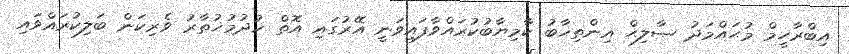
އިބްރާހީމް މުޙައްމަދު ޞާލިޙް އިންތިޚާބު ކާމިޔާބުކުރައްވާފައިވަނީ އޭރުގައި އޮތް ޚުދުމުޚުތާރު ވެރިކަން ބަލިކުރައްވައި